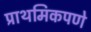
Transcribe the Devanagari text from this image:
प्राथमिकपणे